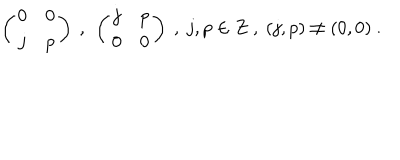
LaTeX: \left( \begin{array} { c c } { { 0 } } & { { 0 } } \\ { { j } } & { { p } } \\ \end{array} \right) \ , \ \left( \begin{array} { c c } { { j } } & { { p } } \\ { { 0 } } & { { 0 } } \\ \end{array} \right) \ , \ j , p \in Z \ , \ ( j , p ) \neq ( 0 , 0 ) \ .